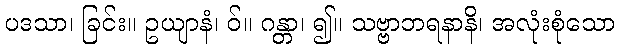
ပဒသာ၊ ခြင်း။ ဥယျာနံ၊ ဝ်။ ဂန္တာ၊ ၍။ သဗ္ဗာဘရနာနိ၊ အလုံးစုံသော